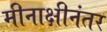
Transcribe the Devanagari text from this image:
मीनाक्षीनंतर